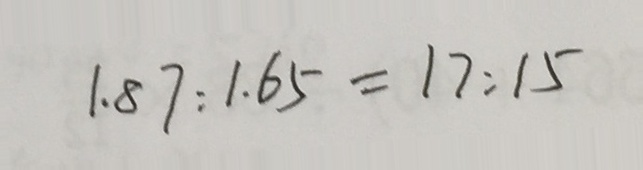
1 . 8 7 : 1 . 6 5 = 1 7 : 1 5